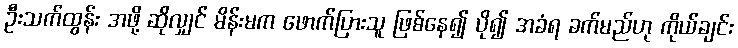
ဦးသက်ထွန်း အဖို့ ဆိုလျှင် မိန်းမက ဖောက်ပြားသူ ဖြစ်နေ၍ ပို၍ အခံရ ခက်မည်ဟု ကိုယ်ချင်း